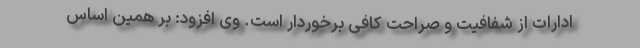
ادارات از شفافیت و صراحت کافی برخوردار است. وی افزود: بر همین اساس